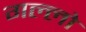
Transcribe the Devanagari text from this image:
गल्लो